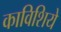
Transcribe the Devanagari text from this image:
काविशिये